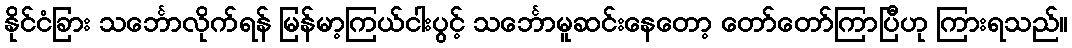
နိုင်ငံခြား သင်္ဘောလိုက်ရန် မြန်မာ့ကြယ်ငါးပွင့် သင်္ဘောမူဆင်းနေတော့ တော်တော်ကြာပြီဟု ကြားရသည်။